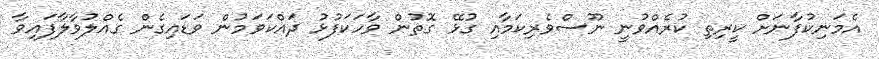
އެމަނިކުފާނަށް ކީރިތި ކުރެއްވުނީ ނޫސްވެރިކަމާއި ގުޅޭ ގޮތުން ވާހަކަފުޅު ދައްކަވަމުން ވަޑައިގެން ގެއްލުވާލާފައިވާ